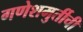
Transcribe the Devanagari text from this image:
गणेशमुर्तीची